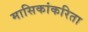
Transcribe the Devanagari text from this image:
मासिकांकरिता